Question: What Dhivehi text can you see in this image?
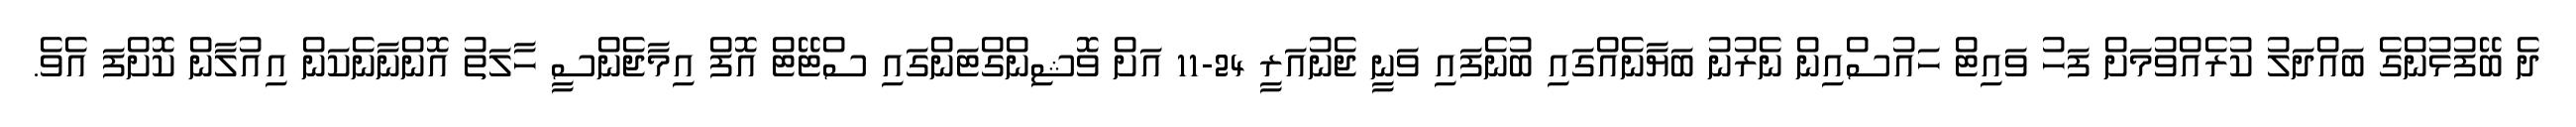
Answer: ދެ ބޭފުޅުންގެ ބައްދަލު ކުރެއްވުމަށް ފަހު ވައިޓް ހައުސްއިން ނެރުނު ބަޔާނެއްގައި ބުނެފައި ވަނީ ޖެނުއަރީ 24-11 އަށް ވޮޝިންގްޓަންގައި ސްޓޭޓް އޮފް އިމާޖެންސީ ހާލަތު އޮންނާނެކަން އިއުލާން ކޮށްފަ އެވެ.